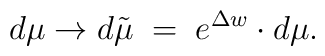
d\mu\rightarrow d\tilde{\mu}\;=\;e^{\Delta w}\cdot d\mu.